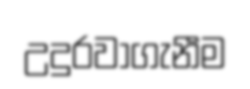
උදුරවාගැනීම